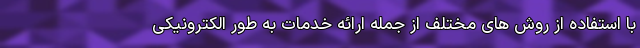
با استفاده از روش های مختلف از جمله ارائه خدمات به طور الکترونیکی